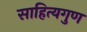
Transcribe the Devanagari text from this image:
साहित्यगुण